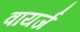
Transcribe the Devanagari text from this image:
वायर्ज